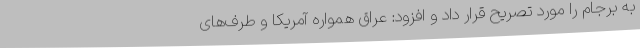
به برجام را مورد تصریح قرار داد و افزود: عراق همواره آمریکا و طرف‌های